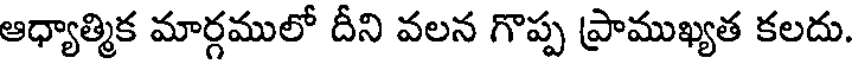
ఆధ్యాత్మిక మార్గములో దీని వలన గొప్ప ప్రాముఖ్యత కలదు.